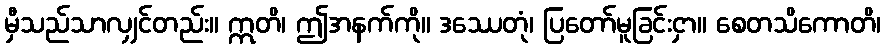
မှီသည်သာလျှင်တည်း။ ဣတိ၊ ဤအနက်ကို။ ဒဿေတုံ၊ ပြတော်မူခြင်းငှာ။ စေတသိကောတိ၊